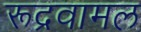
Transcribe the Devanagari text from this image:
रूद्रवामल